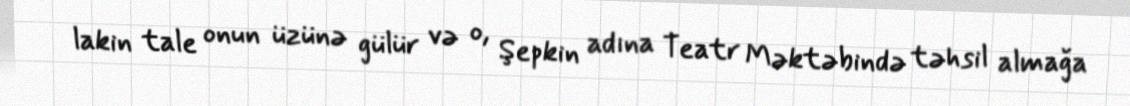
lakin tale onun üzünə gülür və o, Şepkin adına Teatr Məktəbində təhsil almağa